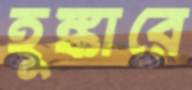
হুঙ্কারে